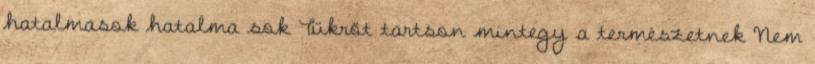
hatalmasok hatalma sok Tükröt tartson mintegy a természetnek Nem